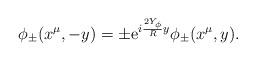
LaTeX: \begin{align*}\phi_{\pm}(x^\mu, -y) = \pm {\rm e}^{i \frac{2 Y_{\phi}}{R} y} \phi_{\pm} (x^\mu, y).\end{align*}